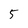
Character: 5